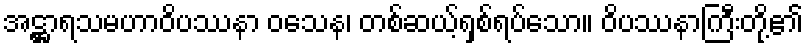
အဋ္ဌာရသမဟာဝိပဿနာ ဝသေန၊ တစ်ဆယ့်ရှစ်ရပ်သော။ ဝိပဿနာကြီးတို့၏